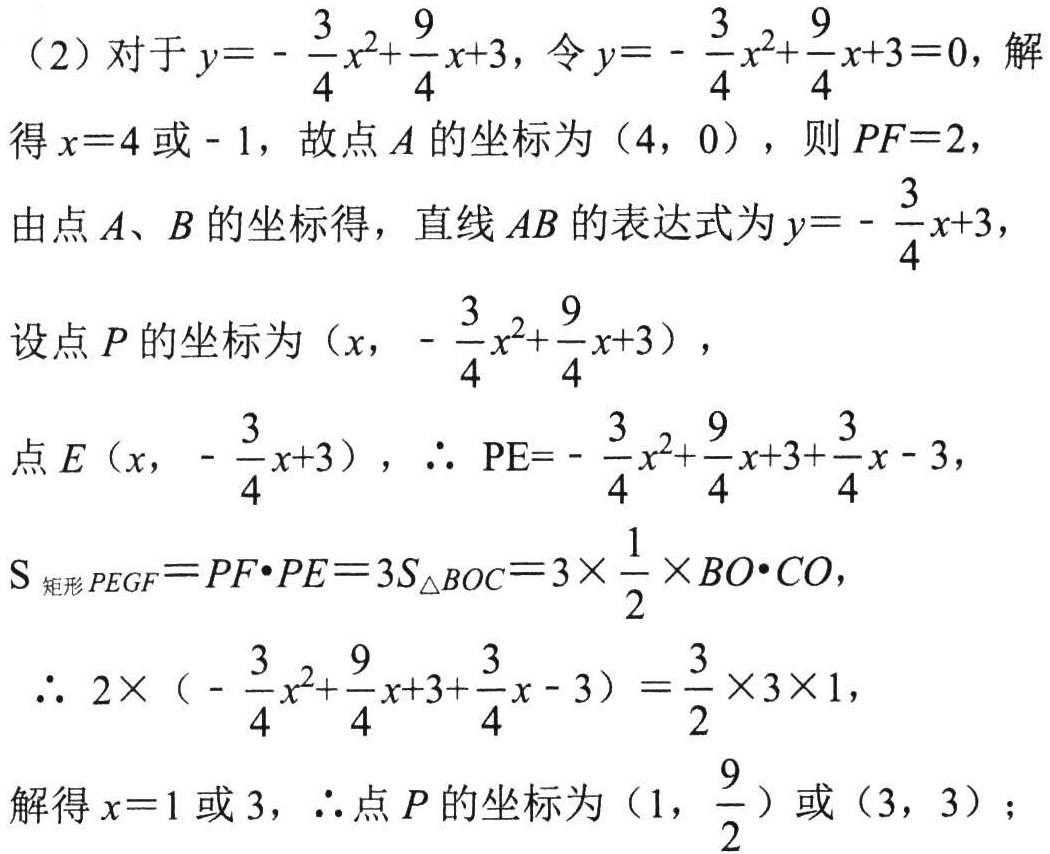
（2）对于\(y = - \frac{3}{4}x^{2}+\frac{9}{4}x + 3\)，令\(y = - \frac{3}{4}x^{2}+\frac{9}{4}x + 3 = 0\)，解得\(x = 4\)或\(-1\)，故点\(A\)的坐标为\((4,0)\)，则\(PF = 2\)，
由点\(A\)、\(B\)的坐标得，直线\(AB\)的表达式为\(y = - \frac{3}{4}x + 3\)，
设点\(P\)的坐标为\((x,-\frac{3}{4}x^{2}+\frac{9}{4}x + 3)\)，
点\(E(x,-\frac{3}{4}x + 3)\)，\(\therefore PE = - \frac{3}{4}x^{2}+\frac{9}{4}x + 3+\frac{3}{4}x - 3\)，
\(S_{矩形PEG F}=PF\cdot PE = 3S_{\triangle BOC}=3\times\frac{1}{2}\times BO\cdot CO\)，
\(\therefore 2\times(-\frac{3}{4}x^{2}+\frac{9}{4}x + 3+\frac{3}{4}x - 3)=\frac{3}{2}\times3\times1\)，
解得\(x = 1\)或\(3\)，\(\therefore\)点\(P\)的坐标为\((1,\frac{9}{2})\)或\((3,3)\)；